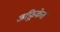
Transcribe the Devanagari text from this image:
अफ़्रिकेत